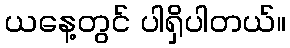
ယနေ့တွင် ပါရှိပါတယ်။